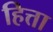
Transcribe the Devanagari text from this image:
हित्ता